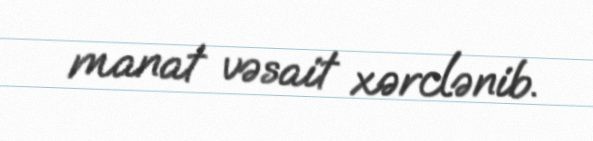
manat vəsait xərclənib.